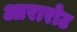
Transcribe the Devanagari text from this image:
आरारोट